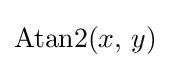
\operatorname {Atan2} (x,\,y)